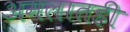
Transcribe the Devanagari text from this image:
अमलातही